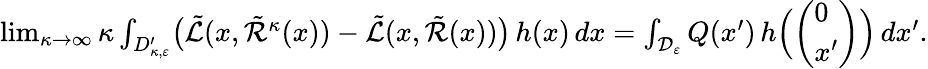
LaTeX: \begin{array}{r}{\operatorname*{lim}_{\kappa\to\infty}\kappa\int_{D_{\kappa,\varepsilon}^{\prime}}\bigl(\tilde{\mathcal L}(x,\tilde{\mathcal R}^{\kappa}(x))-\tilde{\mathcal L}(x,\tilde{\mathcal R}(x))\bigr)\, h(x)\, dx=\int_{\mathcal D_{\varepsilon}}Q(x^{\prime})\, h\Bigl(\left(\begin{array}{l}{0}\\ {x^{\prime}}\end{array}\right)\Bigr)\, dx^{\prime}.}\end{array}